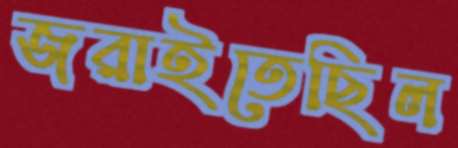
জরাইতেছিল